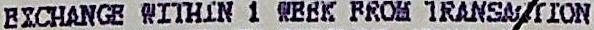
EXCHANGE WITHIN 1 WEEK FROM TRANSACTION